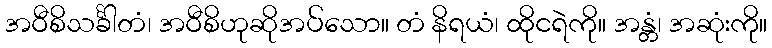
အဝီစိသင်္ခါတံ၊ အဝီစိဟုဆိုအပ်သော။ တံ နိရယံ၊ ထိုငရဲကို။ အန္တံ၊ အဆုံးကို။